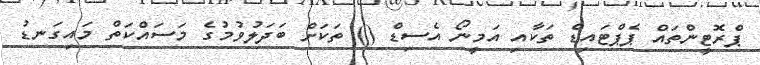
ޕްރޮޓީންތައް ޕެޕްޓައިޑް ތަކާއި އަމީނޯ އެސިޑް () ތަކަށް ބަދަލުވުމުގެ މަސައްކަތް މައިގަނޑު